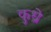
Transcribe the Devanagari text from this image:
कुध्रे